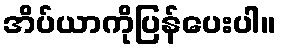
အိပ်ယာကိုပြန်ပေးပါ။